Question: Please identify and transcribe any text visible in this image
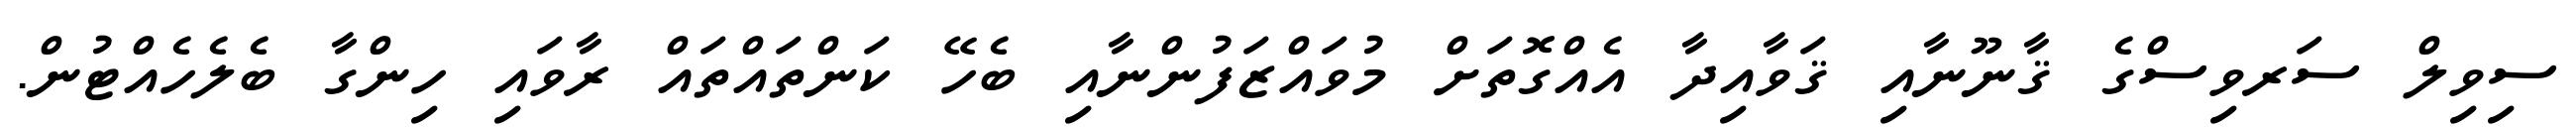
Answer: ސިވިލް ސަރވިސްގެ ޤާނޫނާއި ޤަވާއިދާ އެއްގޮތަށް މުވައްޒަފުންނާއި ބެހޭ ކަންތައްތައް ރާވައި ހިންގާ ބެލެހެއްޓުން.